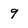
Character: 9